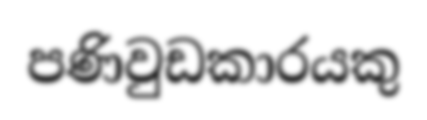
පණිවුඩකාරයකු